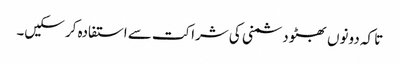
تا کہ دونوں بھٹو دشمنی کی شراکت سے استفادہ کر سکیں۔